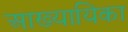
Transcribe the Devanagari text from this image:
अाख्यायिका